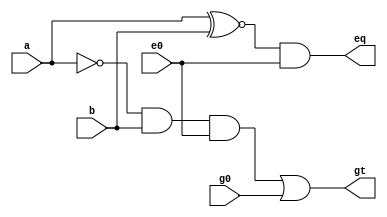
`timescale 1ns/1ns

module BCS_1 (input b,a,e0,g0 , output eq,gt);

    wire j,k;
    assign #(12,12) j = a ~^ b;
    assign #(13,18) eq = j & e0;
    assign #(27,17) k = ~a & b & e0;
    assign #(19,18) gt = k | g0;
    
endmodule